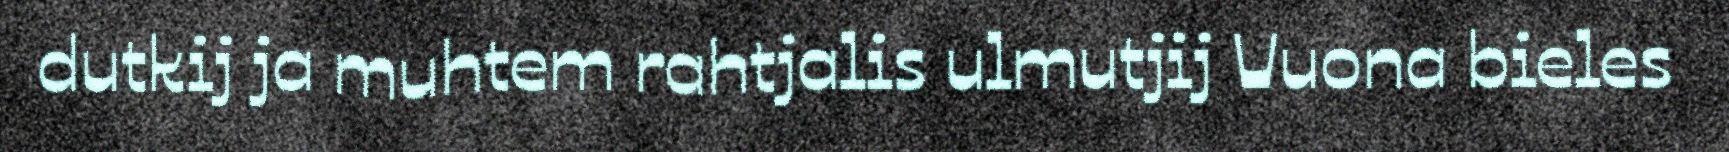
dutkij ja muhtem rahtjalis ulmutjij Vuona bieles